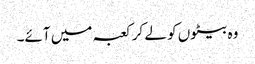
وہ بیٹوں کو لے کر کعبہ میں آئے۔